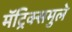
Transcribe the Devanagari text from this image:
मॅट्रिक्समुले